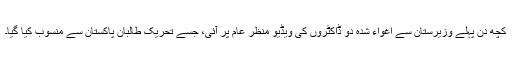
کچھ دن پہلے وزیرستان سے اغواء شدہ دو ڈاکٹروں کی ویڈیو منظر عام پر آئی، جسے تحریک طالبان پاکستان سے منسوب کیا گیا۔